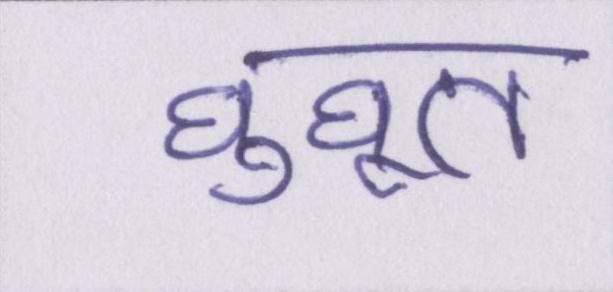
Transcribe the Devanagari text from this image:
घुघूत